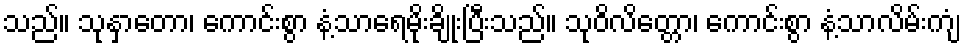
သည်။ သုနှာတော၊ ကောင်းစွာ နံ့သာရေမိုးချိုးပြီးသည်။ သုဝိလိတ္တော၊ ကောင်းစွာ နံ့သာလိမ်းကျံ